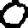
Digit: 0